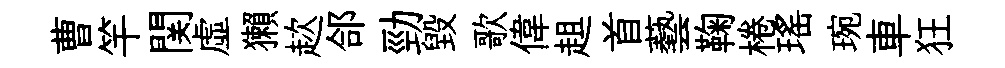
曹竿関虚獺趑郃勁毀歌偉趄首藝鞠棬瑶琬車狂